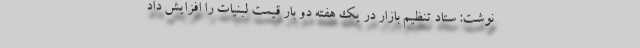
نوشت: ستاد تنظیم بازار در یک هفته دو بار قیمت لبنیات را افزایش داد